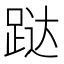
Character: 跶